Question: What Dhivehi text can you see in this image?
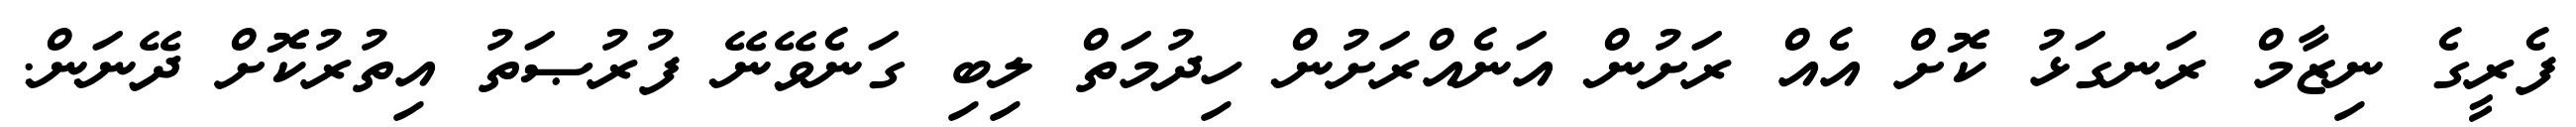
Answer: ފެރީގެ ނިޒާމް ރަނގަޅު ކޮށް އެއް ރަށުން އަނެއްރަށުން ހިދުމަތް ލިބި ގަނެވޭނޭ ފުރުޞަތު އިތުރުކޮށް ދޭނަން.